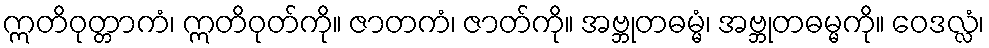
ဣတိဝုတ္တာကံ၊ ဣတိဝုတ်ကို။ ဇာတကံ၊ ဇာတ်ကို။ အဗ္ဘုတဓမ္မံ၊ အဗ္ဘုတဓမ္မကို။ ဝေဒလ္လံ၊